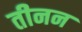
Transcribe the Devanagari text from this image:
तीनन